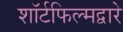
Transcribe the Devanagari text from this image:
शॉर्टफिल्मद्वारे